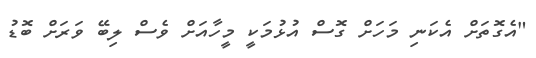
"އެގޮތަށް އެކަނި މަހަށް ގޮސް އުޅުމަކީ މީހާއަށް ވެސް ލިބޭ ވަރަށް ބޮޑު